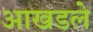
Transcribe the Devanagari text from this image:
आखडले